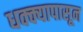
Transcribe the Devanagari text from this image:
धक्क्यापासून